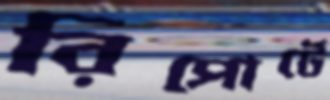
রিপোর্টে